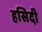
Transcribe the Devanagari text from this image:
हसिदी